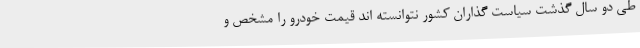
طی دو سال گذشت سیاست گذاران کشور نتوانسته اند قیمت خودرو را مشخص و